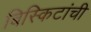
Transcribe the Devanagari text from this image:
बिस्किटांची